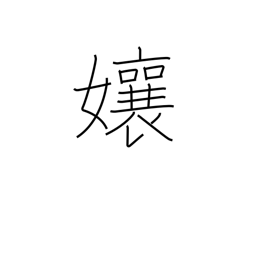
Meaning: Miss